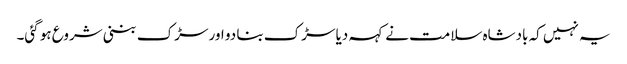
یہ نہیں کہ بادشاہ سلامت نے کہہ دیا سڑک بنا دو اور سڑک بننی شروع ہو گئی۔